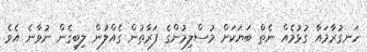
ހަނގުރާމައާ ގުޅުމެއް ނެތް ބަޔަކަށް މުސްލިމުންގެ ފަރާތުން ގެއްލުން ލިބިގެން ނުވާނެ އެވެ.